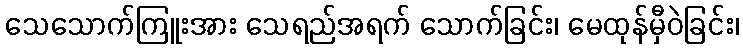
သေသောက်ကြူးအား သေရည်အရက် သောက်ခြင်း၊ မေထုန်မှီဝဲခြင်း၊